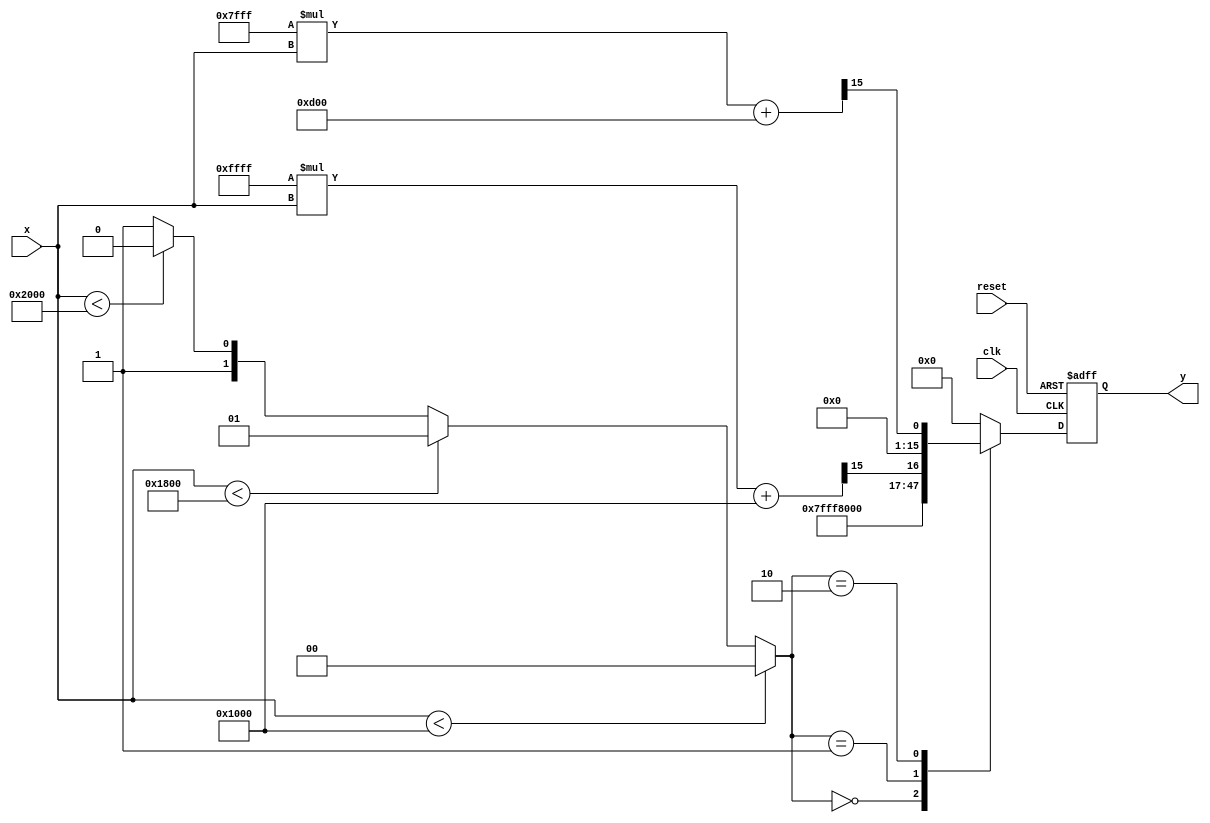
module reciprocal_pla (
    input  wire [15:0] x,        // Fixed-point input x (e.g., [1, 2) represented in 16 bits
    output reg  [15:0] y,        // Fixed-point output y (approximation of 1/x)
    input  wire clk,              // Clock signal
    input  wire reset             // Reset signal
);

    // Define breakpoints for the segments
    localparam [15:0] BREAKPOINT1 = 16'h1000; // 1.0
    localparam [15:0] BREAKPOINT2 = 16'h1800; // 1.5
    localparam [15:0] BREAKPOINT3 = 16'h2000; // 2.0 (not inclusive)

    // Define linear coefficients for each segment
    localparam [15:0] m1 = 16'hFFFF; // Slope for segment 1 (approximation for [1.0, 1.5))
    localparam [15:0] b1 = 16'h1000; // Intercept for segment 1

    localparam [15:0] m2 = 16'h7FFF; // Slope for segment 2 (approximation for [1.5, 2.0))
    localparam [15:0] b2 = 16'h0D00; // Intercept for segment 2

    // State to hold the selected segment
    reg [1:0] segment;

    // State machine for segment selection
    always @(*) begin
        if (x < BREAKPOINT1) begin
            segment = 2'b00; // Below 1.0
        end else if (x < BREAKPOINT2) begin
            segment = 2'b01; // Between 1.0 and 1.5
        end else if (x < BREAKPOINT3) begin
            segment = 2'b10; // Between 1.5 and 2.0
        end else begin
            segment = 2'b11; // Out of range
        end
    end

    // Approximation calculation
    always @(posedge clk or posedge reset) begin
        if (reset) begin
            y <= 16'h0000; // Reset output
        end else begin
            case (segment)
                2'b00: y <= 16'hFFFF; // For x < 1.0, return a default value or handle as needed
                2'b01: y <= (m1 * x + b1) >> 15; // Adjust according to fixed-point representation
                2'b10: y <= (m2 * x + b2) >> 15; // Adjust according to fixed-point representation
                default: y <= 16'h0000; // Handle out of range case
            endcase
        end
    end

endmodule